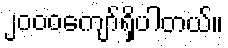
၂၀၀၀ကျော်ရှိပါတယ်။